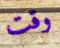
وقت